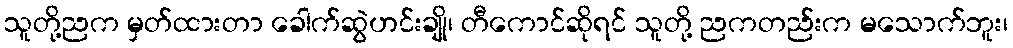
သူတို့ညက မှတ်ထားတာ ခေါက်ဆွဲဟင်းချို၊ တီကောင်ဆိုရင် သူတို့ ညကတည်းက မသောက်ဘူး၊